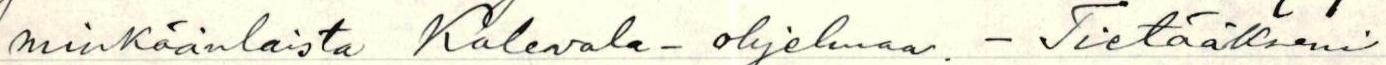
minkäänlaista Kalevala - ohjelmaa. - Tietääkseni